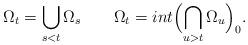
LaTeX: \begin{align*}\Omega_t=\bigcup_{s<t}\Omega_s\ \ \ \ \ \ \Omega_t=int\Bigl(\bigcap_{u>t}\Omega_u\Bigr)_0.\end{align*}